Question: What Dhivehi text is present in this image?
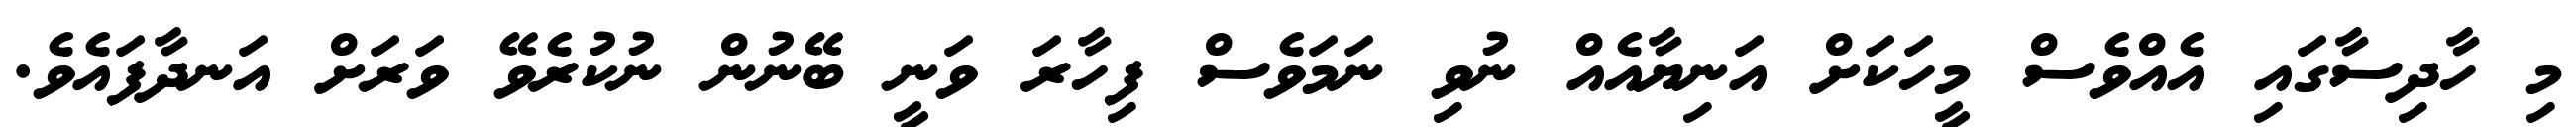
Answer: މި ހާދިސާގައި އެއްވެސް މީހަކަށް އަނިޔާއެއް ނުވި ނަމަވެސް ފިހާރަ ވަނީ ބޭނުން ނުކުރެވޭ ވަރަށް އަނދާފައެވެ.